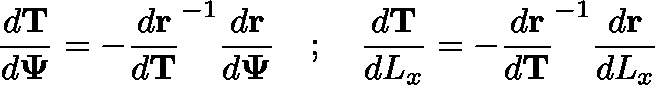
\frac { d \mathbf { T } } { d \mathbf { \Psi } } = - \frac { d \mathbf { r } } { d \mathbf { T } } ^ { - 1 } \frac { d \mathbf { r } } { d \mathbf { \Psi } } \quad ; \quad \frac { d \mathbf { T } } { d L _ { x } } = - \frac { d \mathbf { r } } { d \mathbf { T } } ^ { - 1 } \frac { d \mathbf { r } } { d L _ { x } }